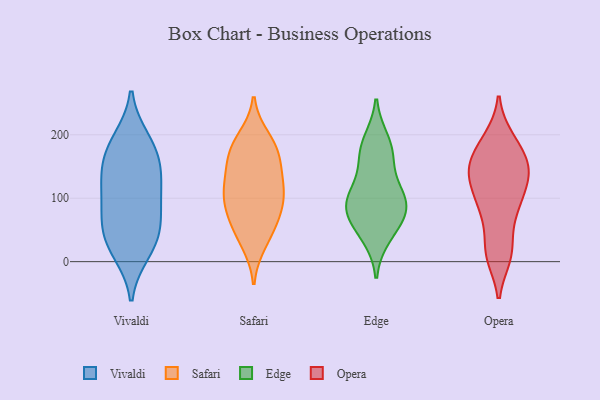
{"axis": {"x": "LTV (USD)", "y": "Value"}, "legend": ["Edge", "Opera", "Safari", "Vivaldi"], "data": [{"x": "", "y": 17, "type": "Vivaldi"}, {"x": "", "y": 169, "type": "Vivaldi"}, {"x": "", "y": 180, "type": "Vivaldi"}, {"x": "", "y": 139, "type": "Vivaldi"}, {"x": "", "y": 95, "type": "Vivaldi"}, {"x": "", "y": 115, "type": "Vivaldi"}, {"x": "", "y": 63, "type": "Vivaldi"}, {"x": "", "y": 31, "type": "Vivaldi"}, {"x": "", "y": 135, "type": "Vivaldi"}, {"x": "", "y": 34, "type": "Vivaldi"}, {"x": "", "y": 70, "type": "Vivaldi"}, {"x": "", "y": 190, "type": "Vivaldi"}, {"x": "", "y": 91, "type": "Safari"}, {"x": "", "y": 70, "type": "Safari"}, {"x": "", "y": 30, "type": "Safari"}, {"x": "", "y": 177, "type": "Safari"}, {"x": "", "y": 138, "type": "Safari"}, {"x": "", "y": 140, "type": "Safari"}, {"x": "", "y": 104, "type": "Safari"}, {"x": "", "y": 110, "type": "Safari"}, {"x": "", "y": 69, "type": "Safari"}, {"x": "", "y": 44, "type": "Safari"}, {"x": "", "y": 194, "type": "Safari"}, {"x": "", "y": 111, "type": "Safari"}, {"x": "", "y": 172, "type": "Safari"}, {"x": "", "y": 176, "type": "Safari"}, {"x": "", "y": 162, "type": "Edge"}, {"x": "", "y": 41, "type": "Edge"}, {"x": "", "y": 59, "type": "Edge"}, {"x": "", "y": 77, "type": "Edge"}, {"x": "", "y": 84, "type": "Edge"}, {"x": "", "y": 173, "type": "Edge"}, {"x": "", "y": 98, "type": "Edge"}, {"x": "", "y": 107, "type": "Edge"}, {"x": "", "y": 101, "type": "Edge"}, {"x": "", "y": 189, "type": "Edge"}, {"x": "", "y": 84, "type": "Opera"}, {"x": "", "y": 18, "type": "Opera"}, {"x": "", "y": 141, "type": "Opera"}, {"x": "", "y": 193, "type": "Opera"}, {"x": "", "y": 83, "type": "Opera"}, {"x": "", "y": 10, "type": "Opera"}, {"x": "", "y": 140, "type": "Opera"}, {"x": "", "y": 175, "type": "Opera"}, {"x": "", "y": 151, "type": "Opera"}, {"x": "", "y": 119, "type": "Opera"}]}